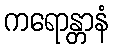
ကရောန္တာနံ